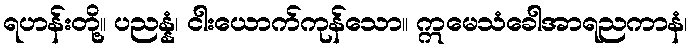
ရဟန်းတို့။ ပညန္နံ၊ ငါးယောက်ကုန်သော။ ဣမေသံခေါအာရညကာနံ၊